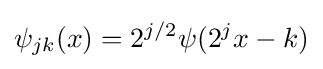
\psi _{jk}(x)=2^{j/2}\psi (2^{j}x-k)